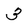
Character: 3